Annual report on the working of the lock hospitals in the North-Western Provinces and Oudh
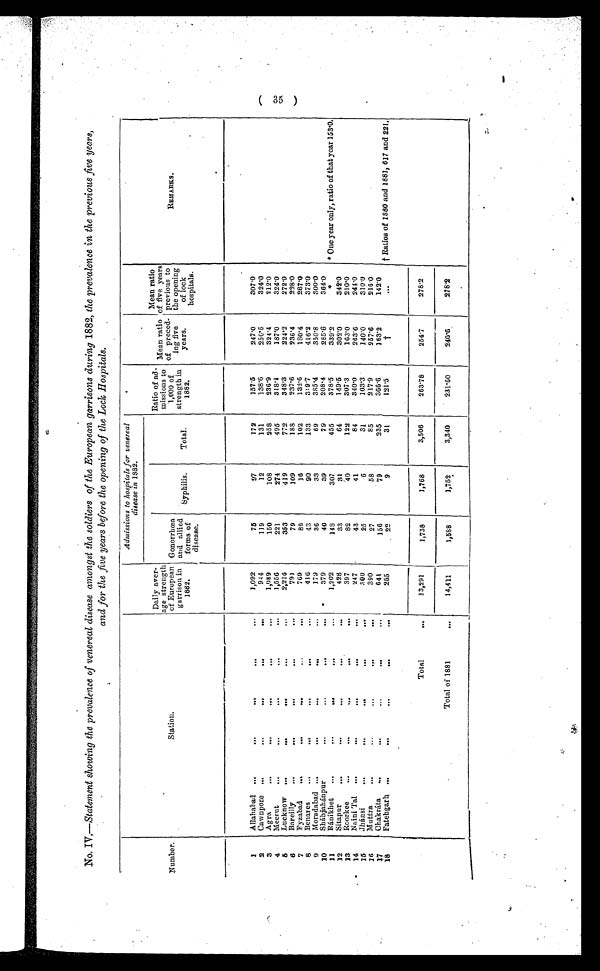
( 35 )
No. IV.—Statement showing the prevalence of venereal disease amongst the soldiers of the European garrisons during 1882, the prevalence in the previous five years,
and for the five years before the opening of the Lock Hospitals.
Number.
Station.
Daily aver-
age strength
of European
garrison in
1882.
Admissions to hospitals for venereal
disease in 1882.
Ratio of ad-
missions to
1,000 of
strength in
1882.
Mean ratio
of preced
- ing five
years.
Mean ratio
of five years
previous to
the opening
of lock
hospitals.
REMARKS.
Gonorrhœa
and allied
forms of
disease.
Syphilis.
Total.
1 Allahabad ...
...
... . . .
. . .
1,092
75
97
172
157.5
247.0
307.0
2
Cawnpore ...
...
...
...
. . .
944
119
12
131
138. 6
250.6
324. 0
3
Agra
...
...
...
...
. . .
1, 089
150
108
258
236.9
324.4
212.0
4
Meerut
...
...
...
...
...
1, 556
221
274
495
318.1
187.0
324. 0
5
Lucknow ...
...
. . .
. . .
. . .
2,216
353
419
772
348. 3
224. 2
272. 0
6
Bareilly ...
... . . .
. . .
. . .
791
79
109
188
237.6
236.4
228. 0
7
Fyzabad ...
...
...
...
. . .
769
86
1 6
102
132.6
180. 4
287.0
8 Benares ...
... . . .
. . .
. . .
416
43
90
133
319.7
416.2
373. 0
9 Moradabad ...
...
...
...
. . .
179
36
33
69
385.4
350. 8
300.0
10
Sháhjahánpur . . .
. . .
. . .
. . .
379
40
39
79
208.4
285.6
364. 0
11
Ránikhet ...
...
. . .
. . .
. . .
1,202
148
307
455
378.5
339. 2
* *One year only, ratio of that year 153.0.
12
Sitapur
. . .
. . .
. . .
. . .
. . .
428
33
31
64
149.5
302.0
342.0
13
Roorkee ...
...
...
...
. . .
397
82
40
122
307.3
163. 0
210.0
14
Naini Tat ...
. . .
. . .
. . .
. . .
247
43
41
84
340. 0
263. 6
241.0
1 5 Jhánsi
...
. . .
. . .
. . .
. . .
300
25
6
31
103. 3
140.0
310.0
16
Muttra
... . . .
. . .
. . .
. . .
390
27
58
85
217.9
257.6
216.0
1 7 Chakráta ...
. . .
. . .
. . .
. . .
641
156
79
235
366. 6
163. 2
142.0
18
Fatehgarh ...
...
...
...
. . .
265
22
9
31
121.5
†
. . . † Ratios of 1880 and 1881, 617 and 221.
Total
...
13,291
1,738
1,768
3,506
263.78
254. 7
278. 1
Total of 1881
. . .
14,411
1,588
1,752
3,340
231.60
240. 1
278.1